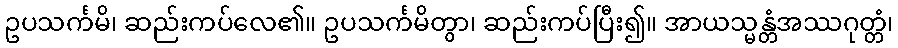
ဥပသင်္ကမိ၊ ဆည်းကပ်လေ၏။ ဥပသင်္ကမိတွာ၊ ဆည်းကပ်ပြီး၍။ အာယသ္မန္တံအဿဂုတ္တံ၊